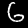
Digit: 6